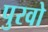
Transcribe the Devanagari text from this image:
पुरवो